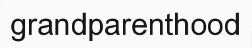
grandparenthood